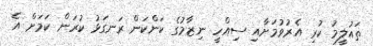
ތައުލީމު ކުރި އެރުވުމަށާއި ސިއްހީ ނިޒާމުގެ ކަންކަން ރަނގަޅު ކުރަން ކަމަށް އެ